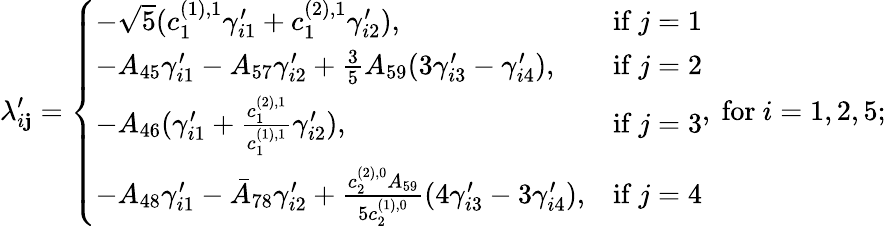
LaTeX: \lambda_{i\mathbf{j}}^{\prime}=\left\{ \begin{array}{ll}{-\sqrt{5}(c_{1}^{(1),1}\gamma_{i1}^{\prime}+c_{1}^{(2),1}\gamma_{i2}^{\prime}),}&{\mathrm{if~}j=1}\\ {-A_{45}\gamma_{i1}^{\prime}-A_{57}\gamma_{i2}^{\prime}+\frac{3}{5}A_{59}(3\gamma_{i3}^{\prime}-\gamma_{i4}^{\prime}),}&{\mathrm{if~}j=2}\\ {-A_{46}(\gamma_{i1}^{\prime}+\frac{c_{1}^{(2),1}}{c_{1}^{(1),1}}\gamma_{i2}^{\prime}),}&{\mathrm{if~}j=3}\\ {-A_{48}\gamma_{i1}^{\prime}-\bar{A}_{78}\gamma_{i2}^{\prime}+\frac{c_{2}^{(2),0}A_{59}}{5c_{2}^{(1),0}}(4\gamma_{i3}^{\prime}-3\gamma_{i4}^{\prime}),}&{\mathrm{if~}j=4}\end{array}\right.,\mathrm{{~for~}}i=1,2,5;